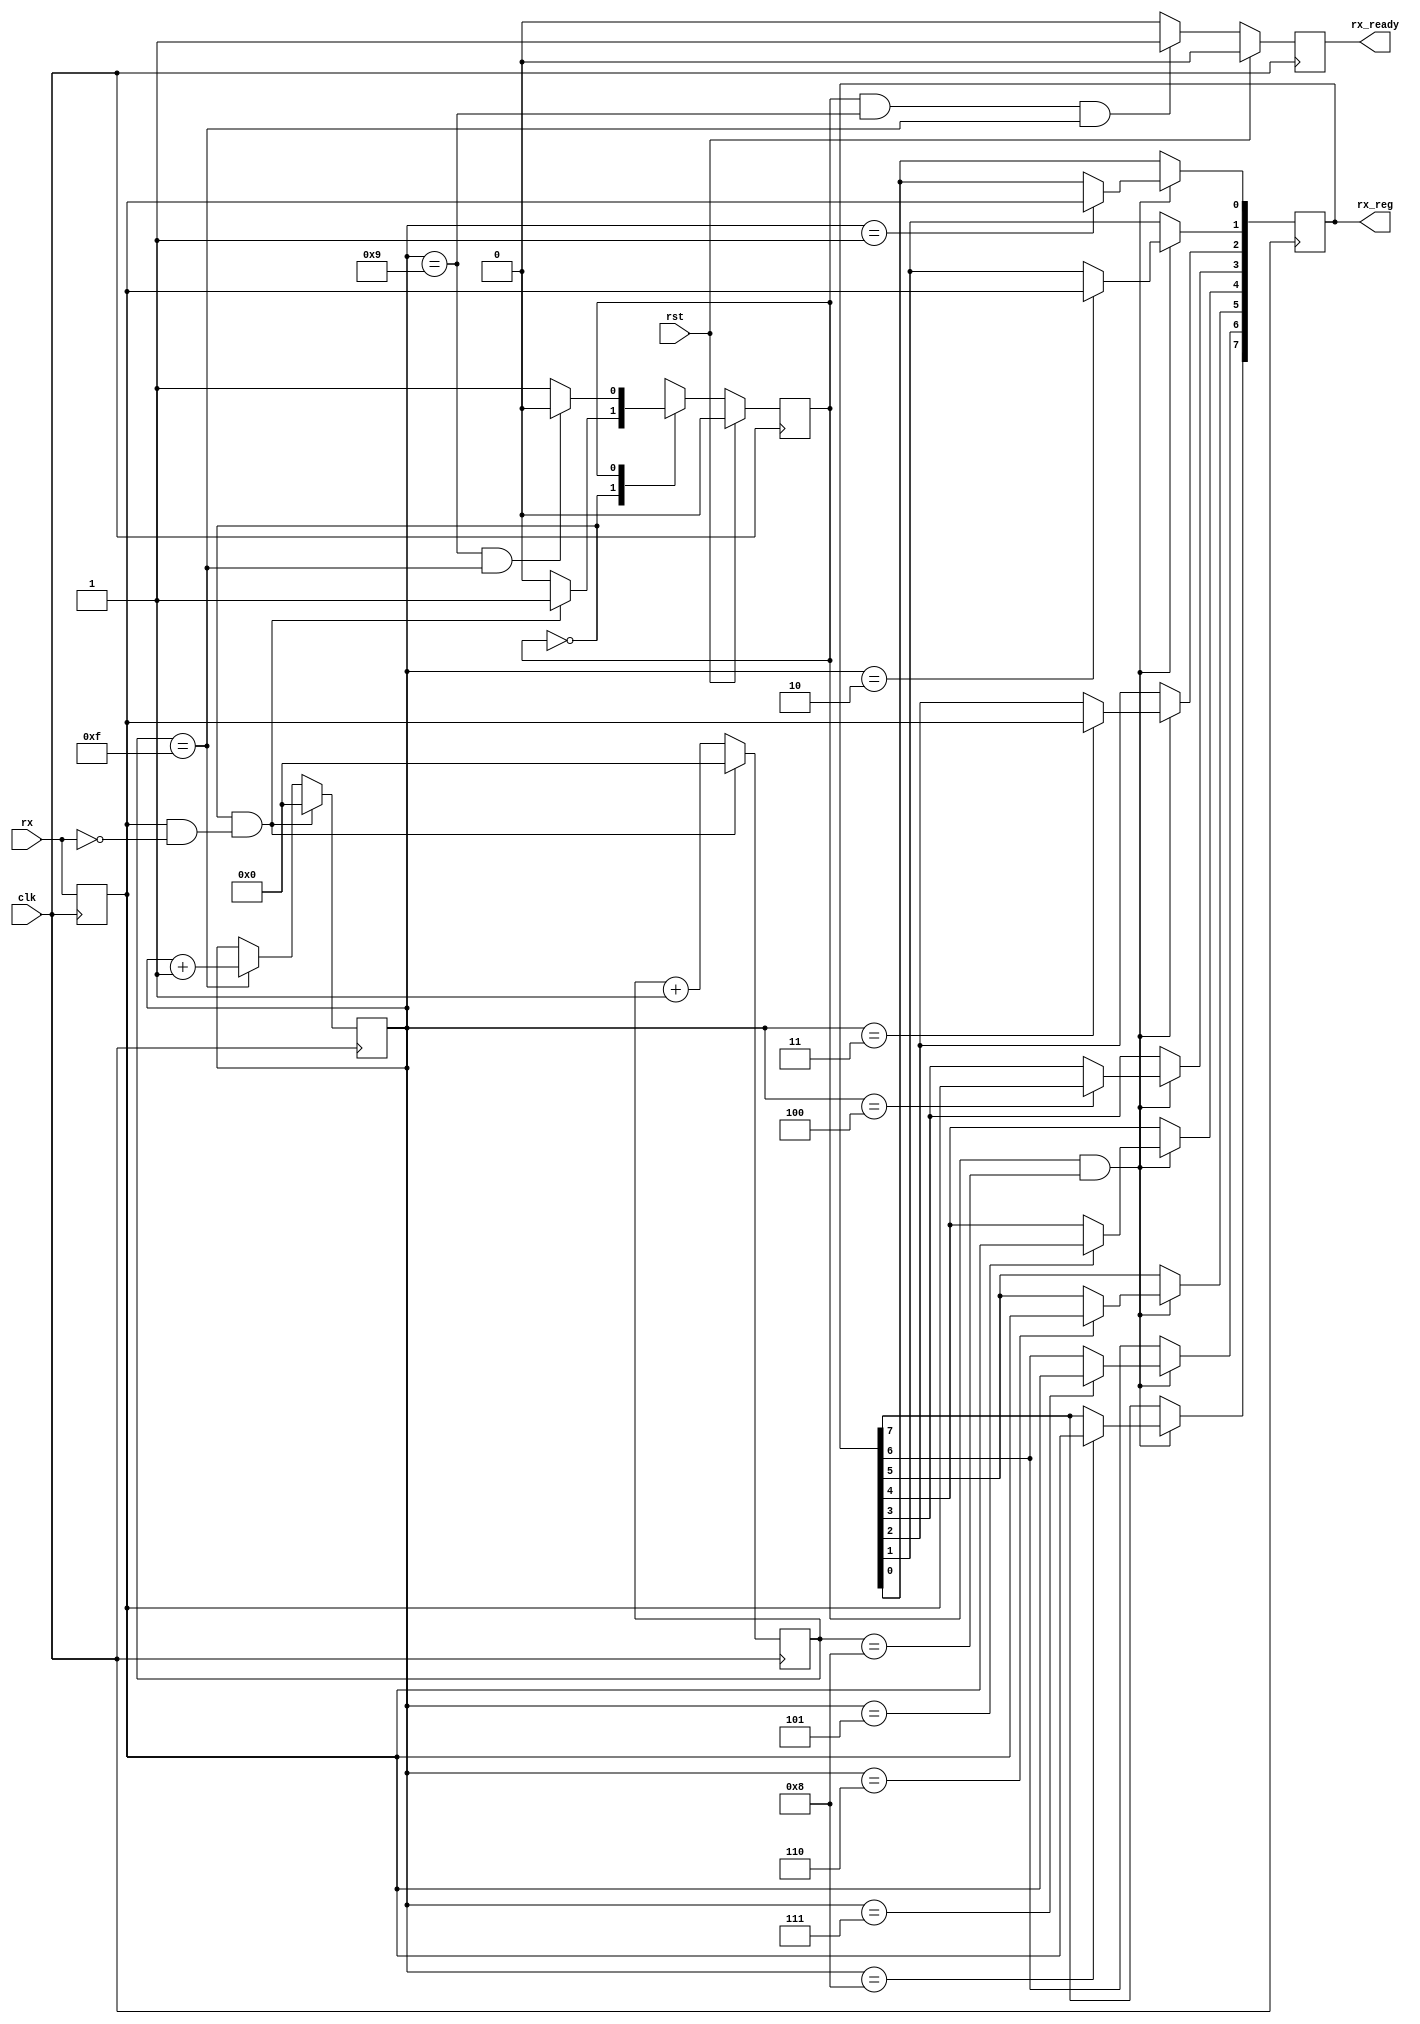
`timescale 1ns / 1ps
//////////////////////////////////////////////////////////////////////////////////
// Company: 
// Engineer: 
// 
// Design Name: 
// Module Name:    UART_RX 
// Project Name: 
// Target Devices: 
// Tool versions: 
// Description: 
//
// Dependencies: 
//
// Revision: 
// Revision 0.01 - File Created
// Additional Comments: 
//
//////////////////////////////////////////////////////////////////////////////////
module UART_RX(clk,rst,rx,rx_reg,rx_ready
    );
input 	clk;
input		rst;
input		rx;
output	[7:0]rx_reg;
output   rx_ready;

//_|-|_|-|_|-|_|-|_|-|_|-|_|-|
//_|---|______________________rx
//_____|---|__________________rx_shift
//_____|---|__________________negedge_detected,rx_start

reg rx_shift;
always @(posedge clk)
begin
	rx_shift <= rx;
end
wire negedge_detected;
assign negedge_detected = rx_shift & (~rx);

wire rx_start;
reg  rx_state;
assign rx_start = (~rx_state) && negedge_detected;

reg [3:0]rx_sampling_counter;
always @(posedge clk)
begin
	if(rx_start)
		rx_sampling_counter <= 4'b0000;
	else
		rx_sampling_counter <= rx_sampling_counter + 1'b1;
end

reg [3:0]rx_bit_counter;
always @(posedge clk)
begin
	if(rx_start)
		rx_bit_counter <= 4'b0000;
	else if(rx_sampling_counter == 4'b1111)
		rx_bit_counter <= rx_bit_counter + 1'b1;
end


reg [7:0]rx_reg;
always @(posedge clk)
begin
	if(rx_state && rx_sampling_counter == 4'b1000)
		begin
			case(rx_bit_counter)
			4'b0001: rx_reg[0]<= rx_shift;
			4'b0010: rx_reg[1]<= rx_shift;
			4'b0011: rx_reg[2]<= rx_shift;
			4'b0100: rx_reg[3]<= rx_shift;
			4'b0101: rx_reg[4]<= rx_shift;
			4'b0110: rx_reg[5]<= rx_shift;
			4'b0111: rx_reg[6]<= rx_shift;
			4'b1000: rx_reg[7]<= rx_shift;
			default:;
			endcase
		end
end

always @(posedge clk)
begin
	if(rst)
		rx_state <= 1'b0;
	else
	begin
		case(rx_state)
		1'b0:rx_state <= rx_start?1'b1:1'b0;
		1'b1:rx_state <= (rx_bit_counter == 4'b1001 && rx_sampling_counter == 4'b1111)?1'b0:1'b1;
		default:rx_state <= 1'b0;
		endcase
	end
end
//
reg rx_ready;
always @(posedge clk)
begin
	if(rst)
		rx_ready <= 1'b0;
	else if (rx_state && rx_bit_counter == 4'b1001 && rx_sampling_counter == 4'b1111)
		rx_ready <= 1'b1;
	else
		rx_ready <= 1'b0;
end

endmodule